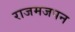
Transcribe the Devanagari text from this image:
राजमजपन